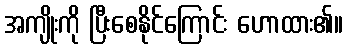
အကျိုးကို ပြီးစေနိုင်ကြောင်း ဟောထား၏။